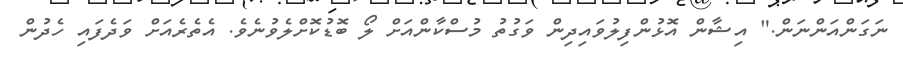
ނަގަންއަންނަން." އިޝާން އޮޅުންފިލުވައިދިން ވަގުތު މުސްކާންއަށް ލޯ ބޮޑުކޮށްލެވުނެވެ. އެތެރެއަށް ވަދެފައި ހެދުން